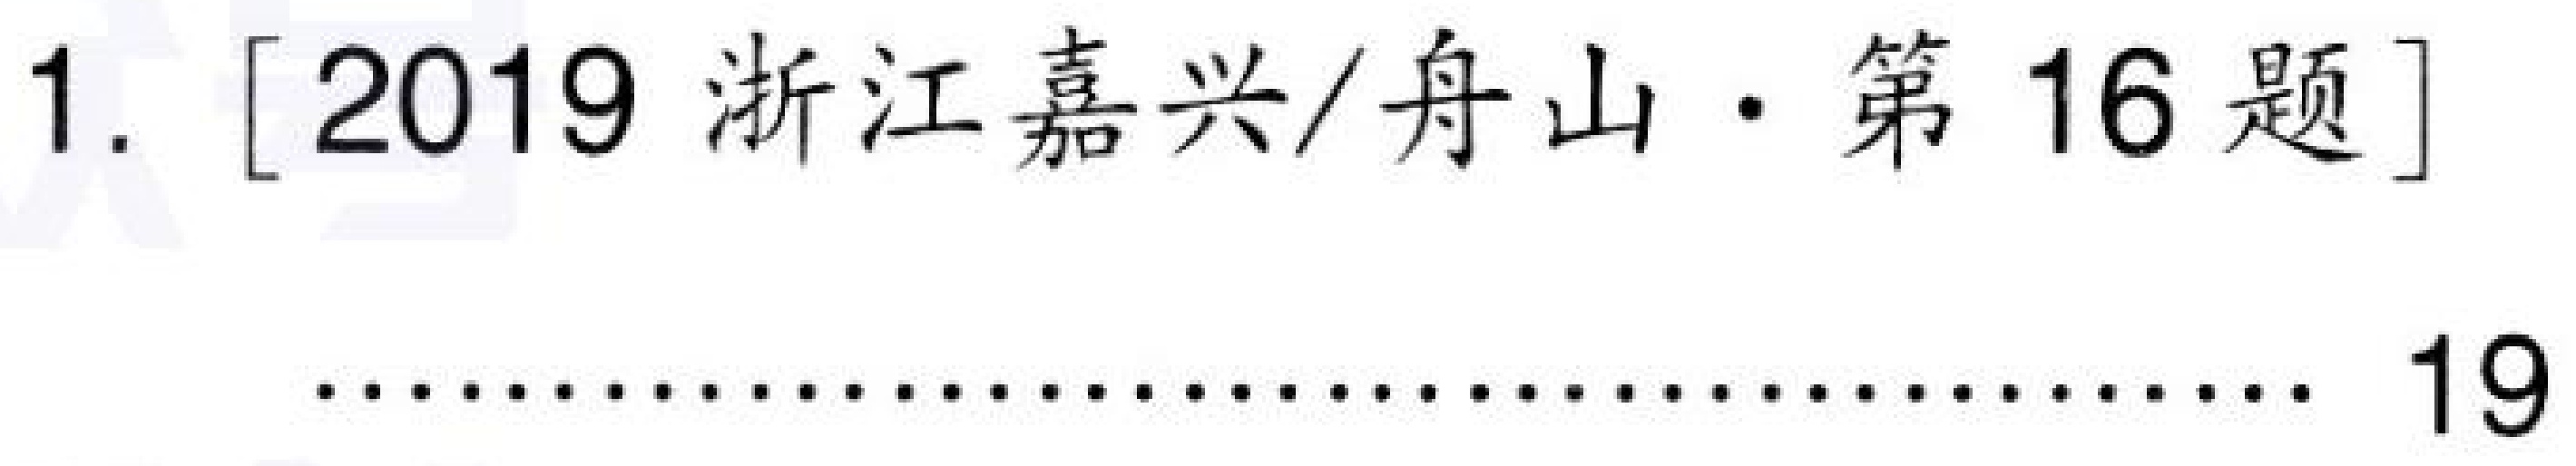
1. [2019 浙江嘉兴/舟山·第 16 题]
·············································· 19